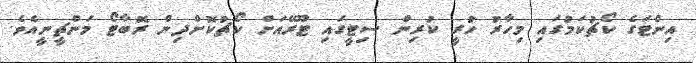
އިންޓަގެ ކޯޗުކަމުގައި މިހާރު ހުރީ ކުރިން ސިޓީގައި ޓޫރޭއަށް ކޯޗުކޮށްދިން ރޮބާޓޯ މަންޗީނީއެވެ.